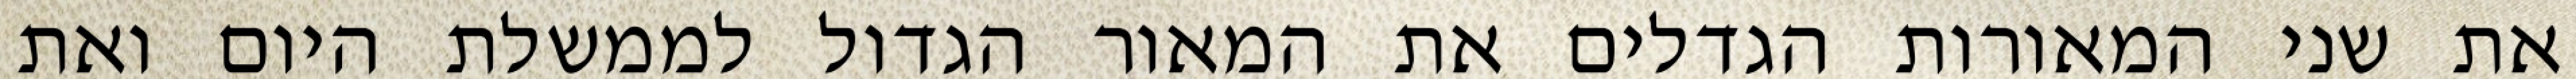
את שני המאורות הגדלים את המאור הגדול לממשלת היום ואת